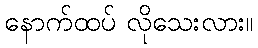
နောက်ထပ် လိုသေးလား။